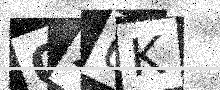
Text: 0X6K